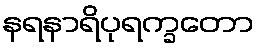
နရနာရိပုရက္ခတော